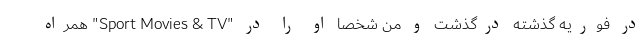
در فوریه گذشته درگذشت و من شخصاً او را در "Sport Movies & TV" همراه